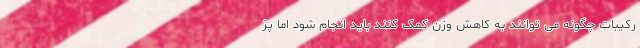
رکیبات چگونه می توانند به کاهش وزن کمک کنند باید انجام شود اما پژ